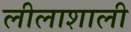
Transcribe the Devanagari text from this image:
लीलाशाली